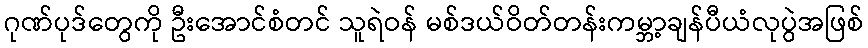
ဂုဏ်ပုဒ်တွေကို ဦးအောင်စံတင် သူရဲဝန် မစ်ဒယ်ဝိတ်တန်းကမ္ဘာ့ချန်ပီယံလုပွဲအဖြစ်